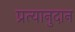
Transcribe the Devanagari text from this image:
प्रत्यानुदान